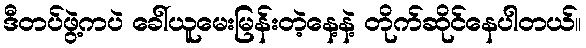
ဒီတပ်ဖွဲ့ကပဲ ခေါ်ယူမေးမြန်းတဲ့နေ့နဲ့ တိုက်ဆိုင်နေပါတယ်။